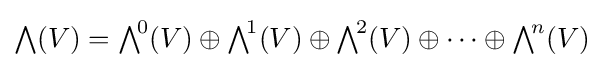
{\textstyle \bigwedge }(V)={\textstyle \bigwedge }^{\!0}(V)\oplus {\textstyle \bigwedge }^{\!1}(V)\oplus {\textstyle \bigwedge }^{\!2}(V)\oplus \cdots \oplus {\textstyle \bigwedge }^{\!n}(V)